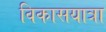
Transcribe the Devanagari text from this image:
विकासयात्रा